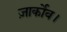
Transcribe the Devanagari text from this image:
ज़ार्कोव।